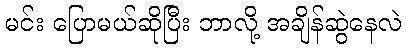
မင်း ပြောမယ်ဆိုပြီး ဘာလို့ အချိန်ဆွဲနေလဲ